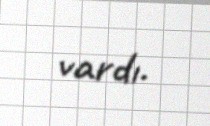
vardı.